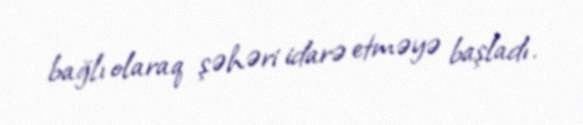
bağlı olaraq şəhəri idarə etməyə başladı.